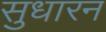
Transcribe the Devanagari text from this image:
सुधारन